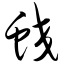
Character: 蛟